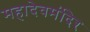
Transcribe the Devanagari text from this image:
महादेवमंदिर